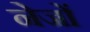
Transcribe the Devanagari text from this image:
नेजों